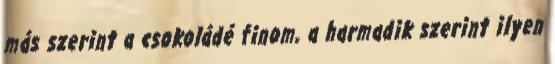
más szerint a csokoládé finom, a harmadik szerint ilyen